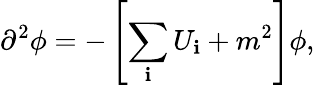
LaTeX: \partial^{2}\phi=-\left[\sum_{\mathbf{i}}U_{\mathbf{i}}+m^{2}\right]\phi,